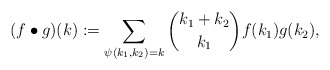
\begin{align*}(f\bullet g)(k):=\sum_{\psi(k_1,k_2)=k}{k_1+k_2\choose k_1}f(k_1)g(k_2), \end{align*}